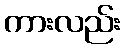
ကားလည်း